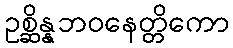
ဥစ္ဆိန္နဘဝနေတ္တိကော